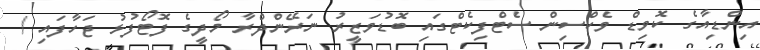
އިންޑިއާގެ ކޮވިޑް ވެކްސިން ސެޓްފިކެޓްގައި ބޮޑުވަޒީރު ނަރޭންދްރާ މޯދީގެ ފޮޓޯފުޅު ޖަހާފައި /